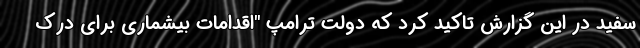
سفید در این گزارش تاکید کرد که دولت ترامپ "اقدامات بیشماری برای درک